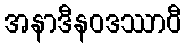
အနာဒီနဝဒဿာဝီ